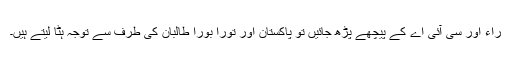
راء اور سی آئی اے کے پیچھے پڑھ جائیں تو پاکستان اور تورا بورا طالبان کی طرف سے توجہ ہٹا لیتے ہیں۔